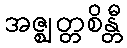
အဇ္ဈတ္တစိန္တီ